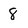
Character: 8